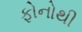
ફોનોથી